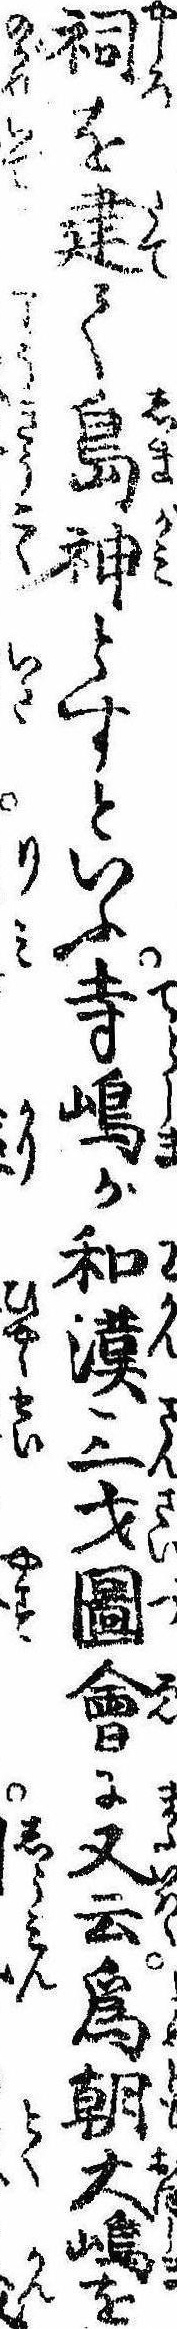
祠を建て島神とすといふ寺島が和漢三才図会に又云為朝大島を